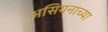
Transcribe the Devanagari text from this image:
असियनाच्या